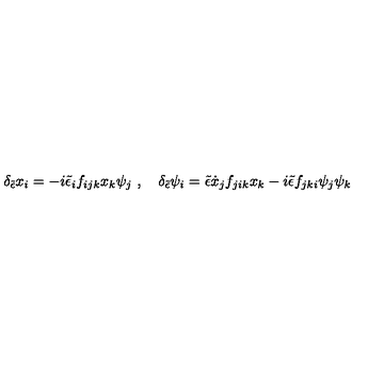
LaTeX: \delta _ { \tilde { \epsilon } } x _ { i } = - i { \tilde { \epsilon } } _ { i } f _ { i j k } x _ { k } \psi _ { j } \ , \quad \delta _ { \tilde { \epsilon } } \psi _ { i } = { \tilde { \epsilon } } { \dot { x } } _ { j } f _ { j i k } x _ { k } - i { \tilde { \epsilon } } f _ { j k i } \psi _ { j } \psi _ { k }